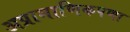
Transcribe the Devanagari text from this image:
अप्रामाणिकपणा